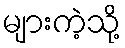
များကဲ့သို့